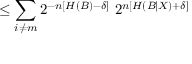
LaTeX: \leq \sum _ { i \neq m } 2 ^ { - n \left[ H \left( B \right) - \delta \right] } \ 2 ^ { n \left[ H \left( B | X \right) + \delta \right] }